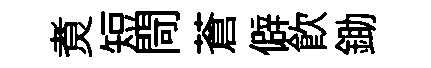
煑短閜蒼僻飲鋤